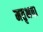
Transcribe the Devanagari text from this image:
मतृभषा